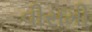
વીસમી